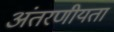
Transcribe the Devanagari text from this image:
अंतरणीयता